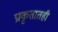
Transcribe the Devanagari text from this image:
प्राकृतातही